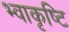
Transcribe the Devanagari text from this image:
भ्वाकृष्टि